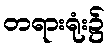
တရားရုံး၌